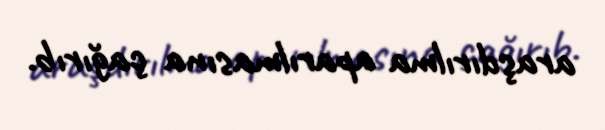
araşdırılma aparılmasına çağırıb.